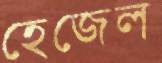
হেজেল